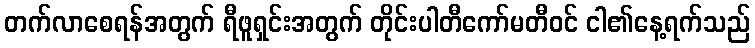
တက်လာစေရန်အတွက် ရီဖူရှင်းအတွက် တိုင်းပါတီကော်မတီဝင် ငါ၏နေ့ရက်သည်